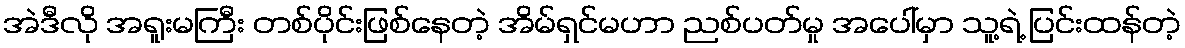
အဲဒီလို အရူးမကြီး တစ်ပိုင်းဖြစ်နေတဲ့ အိမ်ရှင်မဟာ ညစ်ပတ်မှု အပေါ်မှာ သူ့ရဲ့ ပြင်းထန်တဲ့